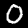
Digit: 0